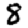
Digit: 8